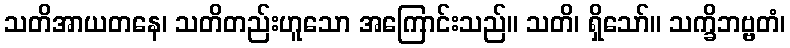
သတိအာယတနေ၊ သတိတည်းဟူသော အကြောင်းသည်။ သတိ၊ ရှိသော်။ သက္ခိဘဗ္ဗတံ၊